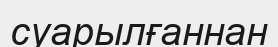
суарылғаннан